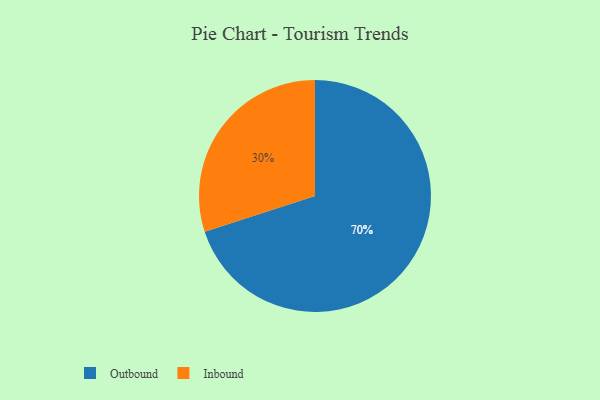
{"axis": {"x": "Category", "y": "Percentage"}, "legend": ["Inbound", "Outbound"], "data": [{"x": "Inbound", "y": 30, "type": "Inbound"}, {"x": "Outbound", "y": 70, "type": "Outbound"}]}